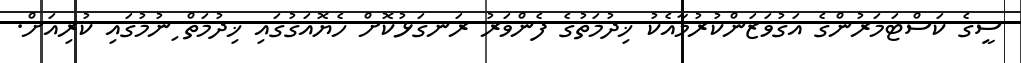
ސީގެ ކަސްޓަމަރުންގެ އަގުވަޒަންކުރުމާއެކު ޚިދުމަތުގެ ފެންވަރު ރަނގަޅުކޮށް ހެޔޮއަގުގައި ޚިދުމަތް ިނުމުގައި ކުރިއަށް.